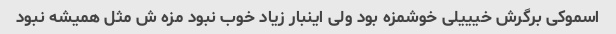
اسموکی برگرش خیییلی خوشمزه بود ولی اینبار زیاد خوب نبود مزه ش مثل همیشه نبود